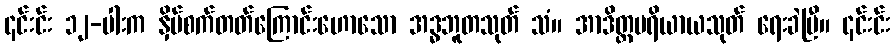
၎င်းင်း ၁၂-ပါးက နှိပ်စက်တတ်ကြောင်းဟောသော အဒ္ဓဘူတသုတ် သံ။ အာဒိတ္တပရိယာယသုတ် ရေးခဲပြီ။ ၎င်းင်း